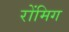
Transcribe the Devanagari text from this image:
रोंमिग